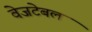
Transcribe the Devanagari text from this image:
वेजटेबल